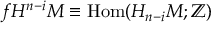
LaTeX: f H ^ { n - i } M \equiv \mathrm { H o m } ( H _ { n - i } M ; \mathbb { Z } )